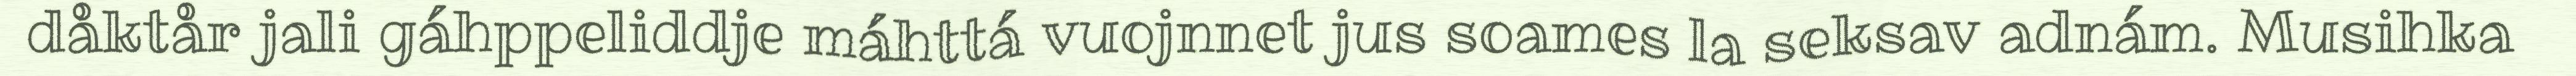
dåktår jali gáhppeliddje máhttá vuojnnet jus soames la seksav adnám. Musihka